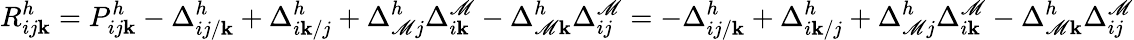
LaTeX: R_{ij\mathbf{k}}^{h}=P_{ij\mathbf{k}}^{h}-\Delta_{ij/\mathbf{k}}^{h}+\Delta_{i\mathbf{k}/j}^{h}+\Delta_{\mathscr{M}j}^{h}\Delta_{i\mathbf{k}}^{\mathscr{M}}-\Delta_{\mathscr{M}\mathbf{k}}^{h}\Delta_{ij}^{\mathscr{M}}=-\Delta_{ij/\mathbf{k}}^{h}+\Delta_{i\mathbf{k}/j}^{h}+\Delta_{\mathscr{M}j}^{h}\Delta_{i\mathbf{k}}^{\mathscr{M}}-\Delta_{\mathscr{M}\mathbf{k}}^{h}\Delta_{ij}^{\mathscr{M}}